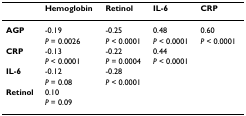
<table><thead><tr><td></td><td><b>Hemoglobin</b></td><td><b>Retinol</b></td><td><b>IL-6</b></td><td><b>CRP</b></td></tr></thead><tbody><tr><td><b>AGP</b></td><td>-0.19</td><td>-0.25</td><td>0.48</td><td>0.60</td></tr><tr><td></td><td><i>P </i>= 0.0026</td><td><i>P </i>&lt; 0.0001</td><td><i>P </i>&lt; 0.0001</td><td><i>P </i>&lt; 0.0001</td></tr><tr><td><b>CRP</b></td><td>-0.13</td><td>-0.22</td><td>0.44</td><td></td></tr><tr><td></td><td><i>P </i>&lt; 0.0001</td><td><i>P </i>= 0.0004</td><td><i>P </i>&lt; 0.0001</td><td></td></tr><tr><td><b>IL-6</b></td><td>-0.12</td><td>-0.28</td><td></td><td></td></tr><tr><td></td><td><i>P </i>= 0.08</td><td><i>P </i>&lt; 0.0001</td><td></td><td></td></tr><tr><td><b>Retinol</b></td><td>0.10</td><td></td><td></td><td></td></tr><tr><td></td><td><i>P </i>= 0.09</td><td></td><td></td><td></td></tr></tbody></table>